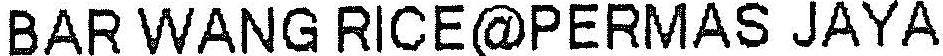
BAR WANG RICE@PERMAS JAYA